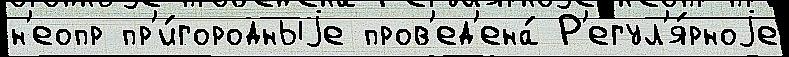
н'еопр пр'и́городныjе пров'ед'ена́ Р'егул'я́рноjе